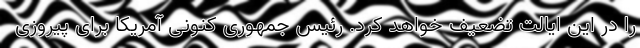
را در این ایالت تضعیف خواهد کرد. رئیس جمهوری کنونی آمریکا برای پیروزی